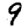
Digit: 9